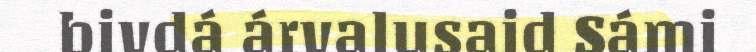
bivdá árvalusaid Sámi